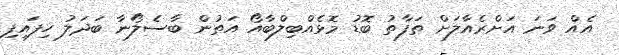
އެއް ވަނަ އަށްރެއާލަށް ތަފާތު ބޮޑު މޮޅެއްބިލްބާއޯ އަތުން ބާސެލޯނާ ބަދަލު ހިފައިފި